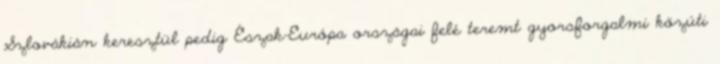
Szlovákián keresztül pedig Észak-Európa országai felé teremt gyorsforgalmi közúti